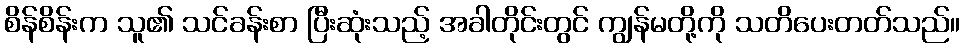
စိန်စိန်းက သူ၏ သင်ခန်းစာ ပြီးဆုံးသည့် အခါတိုင်းတွင် ကျွန်မတို့ကို သတိပေးတတ်သည်။